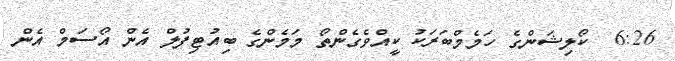
6:26  ކޯލިޝަންގެ ހަމެމްބަރަކު ކީއްވެގެންތޯ މަމެންގެ ބިއުޓިފުލް އެން އޯސަމް އެން